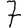
Digit: 7